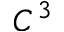
C ^ { 3 }